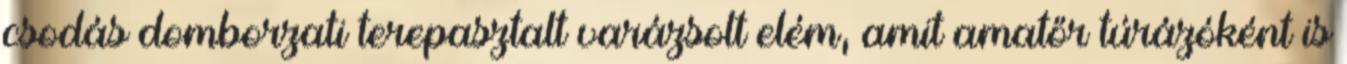
csodás domborzati terepasztalt varázsolt elém, amit amatőr túrázóként is